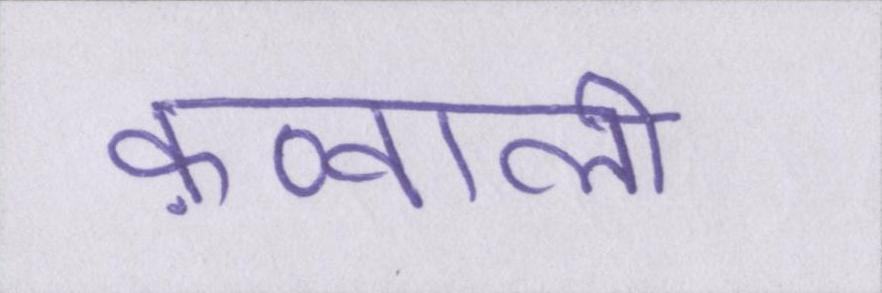
क़व्वाली